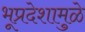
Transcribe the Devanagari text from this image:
भूप्रदेशामुळे